Civil Veterinary Dept. Bombay admin report 1893-99 - 1893-1899
Year: 1893
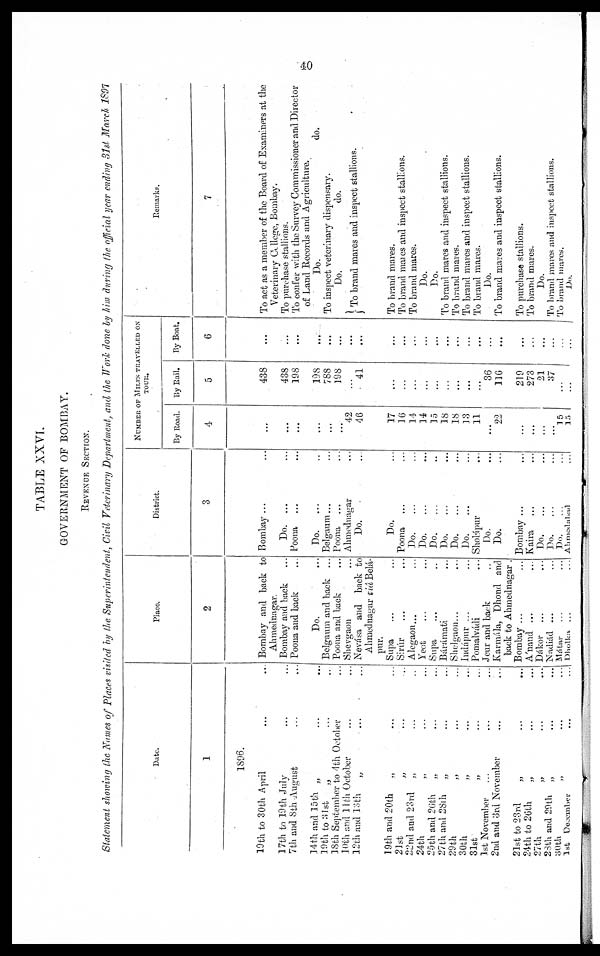
40
TABLE XXVI.
GOVERNMENT OF BOMBAY.
REVENUE SECTION.
Statement showing the Names of Places visited by the Superintendent, Civil Veterinary Department, and the Work done by him during the official year ending old March 1897
Date.
1
1896.
19th to 30th April ... ...
17th to 19th July ... ...
7th and 8th August ... ...
14th and 15th „ ... ...
19th to 31st „ ... ...
18th September to 4th October ...
10th and 11th October ... ...
12th and 13th „ ... ...
19th and 20th
„ ... ...
21st „ ... ...
22nd and 23rd
„ ... ...
24th „ ... ...
25th and 26th
„
...
...
27th and 28th
„ ... ...
29th „ ... ...
30th „ ... ...
3lst „ ... ...
1st November ... ... ...
2nd and 3rd November
... ...
21st to 23rd „ ... ...
24th to 26th „ ... ...
27th „ ... ...
28th and 29th
„ ... ...
30th „ ... ...
1st December
... ...
Place.
2
Bombay and back to
Ahmednagar.
Bombay and back
Poona and back ...
Do.
Belgaum and back ...
Poona and back ...
Shevgaon ...
Nevása and back to
Ahmednagar viâ Belá¬
pur.
Supa ... ...
Sirúr ... ...
Alegaon ... ...
Yeot ... ...
Supa ... ...
Bárámati ...
Shelgaon... ...
Indápur ... ...
Pomalvádi ...
Jeur and back ..
Karmála, Dhond and
back to Ahmednagar .
Bombay ...
A'nand ... ...
Dákor
... ...
Nadiád ... ...
Mátar ... ...
Dholka ... ...
District
3
Bombay...
Do. ...
Poona ... ...
Do.
...
Belgaum ... ...
Poona ... ...
Ahmednagar ...
Do.
Do. ...
Poona ... ...
Do. ... ...
Do. ... ...
Do. ... ...
Do. ... ...
Do. ... ...
Do. ... ...
Sholápur ...
Do. ...
Do. ...
Bombay ... ...
Kaira ... ...
Do. ... ...
Do. ... ...
Do. ... ...
Ahmedabad ...
NUMBER OF MILES TRAVELLED ON
TOUR.
By Road.
4
...
...
...
...
...
...
42
46
17
16
14
14
15
18
18
13
11
...
22
...
...
...
...
15
15
By Rail.
5
438
438
198
198
788
198
...
41
...
...
...
...
...
...
...
...
...
36
116
219
273
21
37
...
...
By Boat.
6
...
...
...
...
...
...
...
...
...
...
...
...
...
...
...
...
...
...
...
...
...
...
...
...
...
Remarks.
7
To act as a member of the Board of Examiners at the
Veterinary College, Bombay.
To purchase stallions.
To confer with the Survey Commissioner and Director
of Land Records and Agriculture.
Do.
do.
To inspect veterinary dispensary.
Do.
do.
To brand mares and inspect stallions.
To brand mares.
To brand mares and inspect stallions.
To brand mares.
Do.
Do.
To brand mares and inspect stallions.
To brand mares.
To brand mares and inspect stallions.
To brand mares.
Do.
To brand mares and inspect stallions.
To purchase stallions.
To brand mares.
Do.
To brand mares and inspect stallions.
To brand mares.
Do.